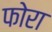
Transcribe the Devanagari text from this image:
फोरा